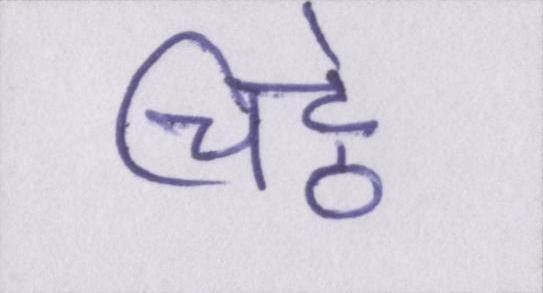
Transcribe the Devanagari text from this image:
चिट्ठे